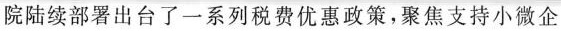
院陆续部署出台了一系列税费优惠政策，聚焦支持小微企